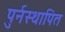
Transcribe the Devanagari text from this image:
पुर्नस्‍थापित